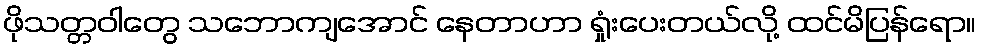
ဖိုသတ္တဝါတွေ သဘောကျအောင် နေတာဟာ ရှုံးပေးတယ်လို့ ထင်မိပြန်ရော။